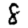
Digit: 8